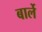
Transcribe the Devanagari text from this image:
बार्ले